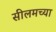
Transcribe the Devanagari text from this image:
सीलमच्या